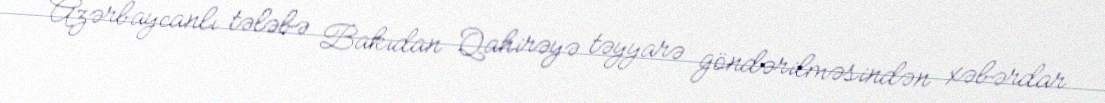
Azərbaycanlı tələbə Bakıdan Qahirəyə təyyarə göndərilməsindən xəbərdar